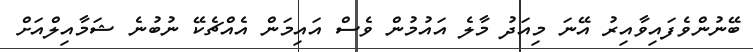
ބޭނުންވެފައިވާއިރު އޭނަ މިއަދު މާލެ އައުމުން ވެސް އައިމަން އެއްޗެކޭ ނުބުނެ ޝަމާއިލްއަށް